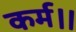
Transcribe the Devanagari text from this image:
कर्म।।